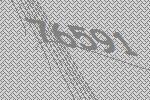
76591